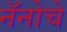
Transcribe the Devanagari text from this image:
नॅनोचे